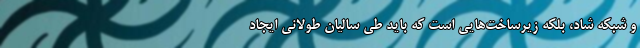
و شبکه شاد، بلکه زیرساخت‌هایی است که باید طی سالیان طولانی ایجاد